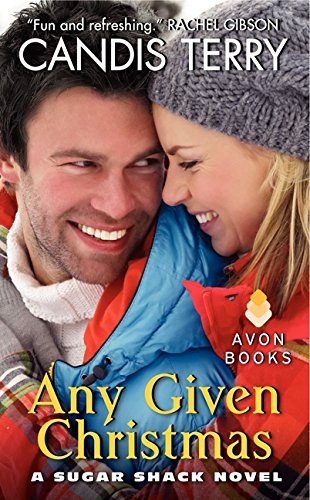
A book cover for Any Given Christmas: A Sugar Shack Novel; Candis Terry; Romance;